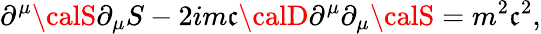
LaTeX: \partial^{\mu}{\calS}\partial_{\mu}S-2im\mathfrak{c}{\calD}\partial^{\mu}\partial_{\mu}{\calS}=m^{2}\mathfrak{c}^{2},